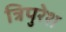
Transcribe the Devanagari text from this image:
त्रिपुरेश